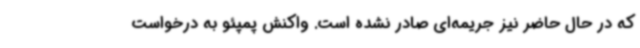
که در حال حاضر نیز جریمه‌ای صادر نشده است. واکنش پمپئو به درخواست